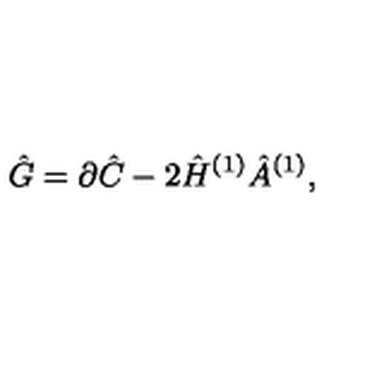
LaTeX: \hat { G } = \partial \hat { C } - 2 \hat { H } ^ { ( 1 ) } \hat { A } ^ { ( 1 ) } ,